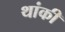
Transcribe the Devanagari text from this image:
थांकी